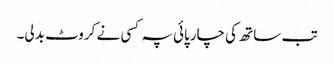
تب ساتھ کی چارپائی پہ کسی نے کروٹ بدلی۔